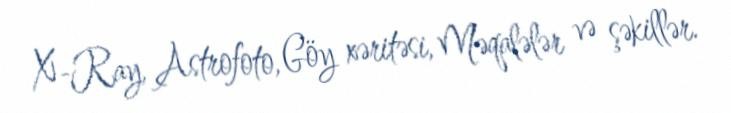
X-Ray, Astrofoto, Göy xəritəsi, Məqalələr və şəkillər.